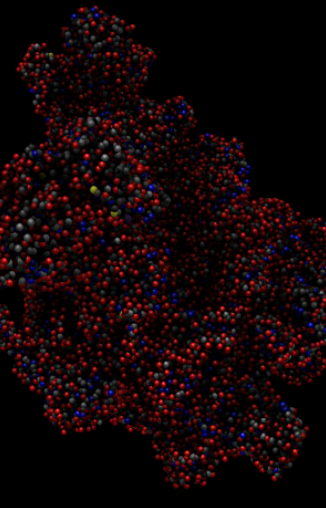
avogadro, ball and sticks